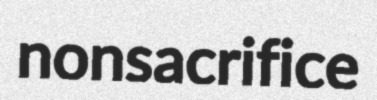
nonsacrifice